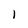
Character: I